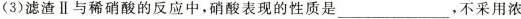
(3)滤渣Ⅱ与稀硝酸的反应中，硝酸表现的性质是_____，不采用浓